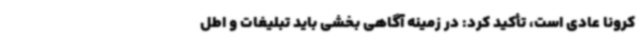
کرونا عادی است، تأکید کرد: در زمینه آگاهی بخشی باید تبلیغات و اطل